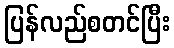
ပြန်လည်စတင်ပြီး